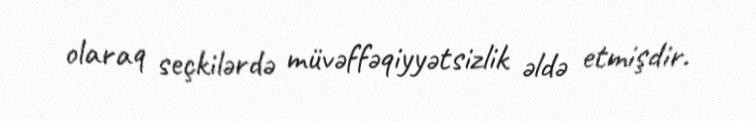
olaraq seçkilərdə müvəffəqiyyətsizlik əldə etmişdir.